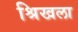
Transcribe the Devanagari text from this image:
श्रिखला